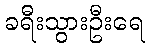
ခရီးသွားဦးရေ